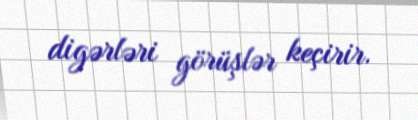
digərləri görüşlər keçirir.